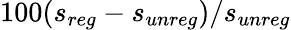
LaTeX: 100(s_{reg}-s_{unreg})/s_{unreg}